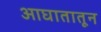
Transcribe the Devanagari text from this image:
आघातातून